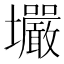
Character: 壧